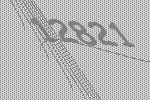
12821